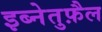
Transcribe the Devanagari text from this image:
इब्नेतुफ़ैल